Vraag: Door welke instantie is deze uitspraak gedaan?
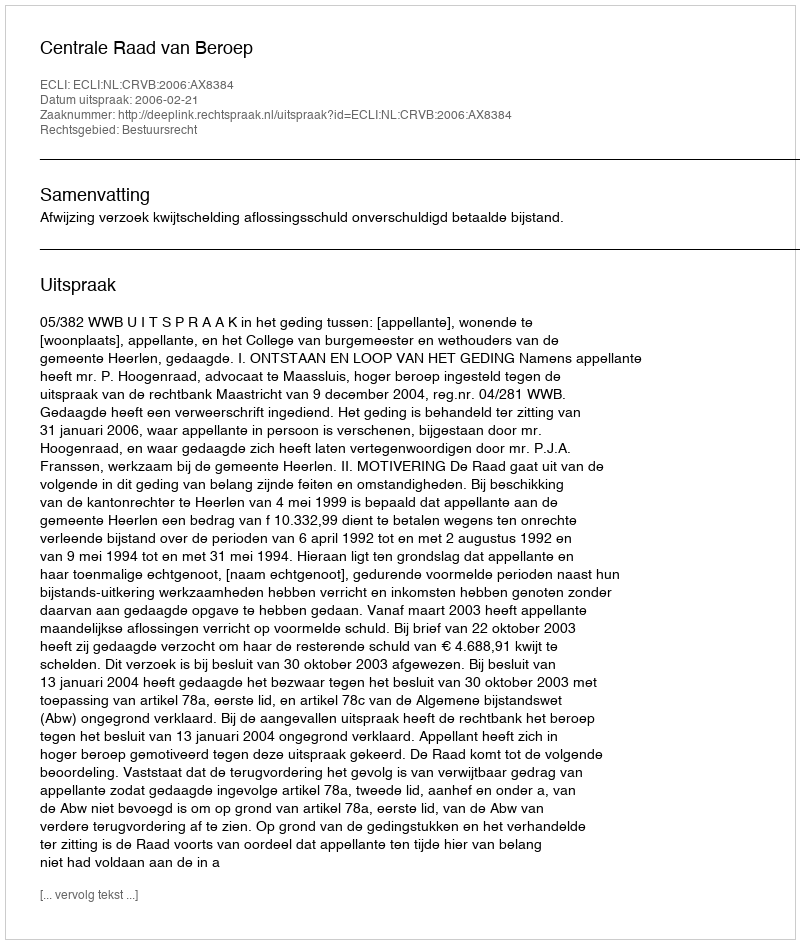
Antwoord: Centrale Raad van Beroep